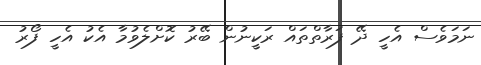
ނަމަވެސް އެހީ ދޭ ފަރާތްތައް ރަކީނުން ބޭރު ކޮށްލެވުމާ އެކު އެހީ ފޯރު